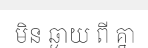
មិន ឆ្ងាយ ពី គ្នា